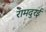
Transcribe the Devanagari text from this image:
रामदुरई